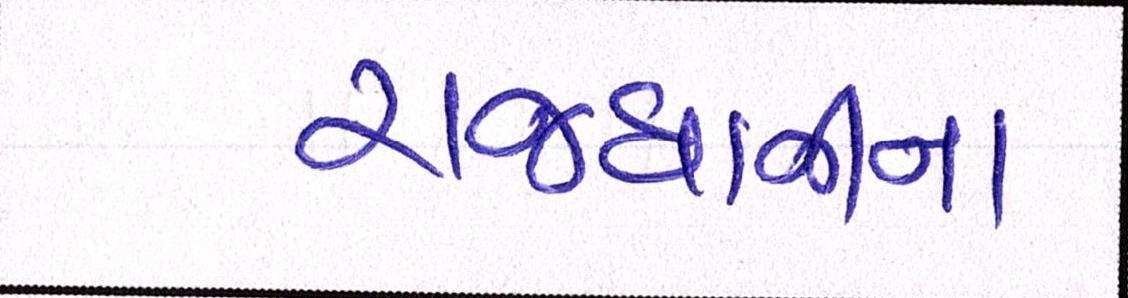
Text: રાજધાનીના